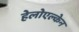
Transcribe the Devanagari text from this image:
हेलोएल्केन